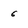
Character: 6